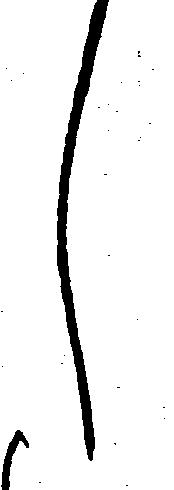
し